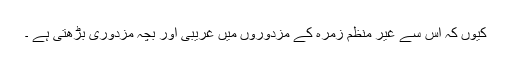
کیوں کہ اس سے غیر منظم زمرہ کے مزدوروں میں غریبی اور بچہ مزدوری بڑھتی ہے ۔